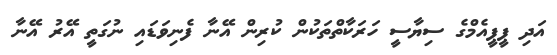
އަދި ޕީޕީއެމްގެ ސިޔާސީ ހަރަކާތްތަކުން ކުރިން އޭނާ ފެނިވަޑައި ނުގަތީ އޭރު އޭނާ